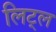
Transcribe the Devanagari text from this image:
लिट्‌ल